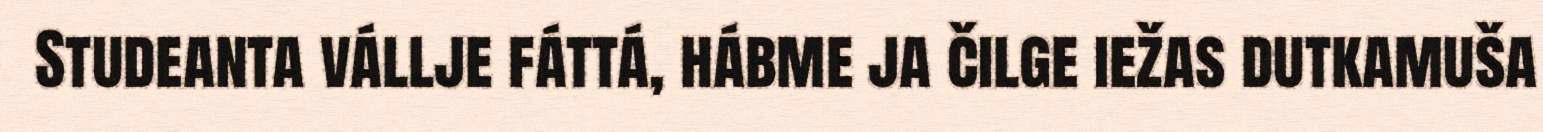
Studeanta vállje fáttá, hábme ja čilge iežas dutkamuša